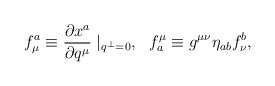
\begin{align*}f^a_\mu \equiv \frac{\partial x^a}{\partial q^\mu}\mid_{q^\perp=0},~~ f^\mu_a \equiv g^{\mu\nu} \eta_{ab} f^b_\nu,\end{align*}